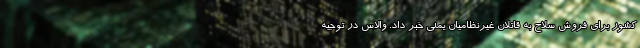
کشور برای فروش سلاح به قاتلان غیرنظامیان یمنی خبر داد. والاس در توجیه